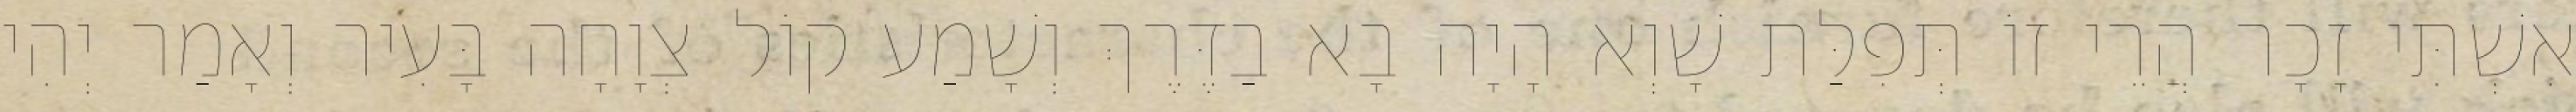
אִשְׁתִּי זָכָר הֲרֵי זוֹ תְּפִלַּת שָׁוְא הָיָה בָא בַדֶּרֶךְ וְשָׁמַע קוֹל צְוָחָה בָּעִיר וְאָמַר יְהִי